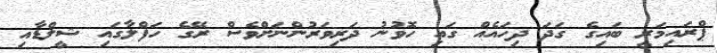
ޕްރައިމަރީ ބައިގެ ގަދަ ދިހައެއް ގައި ހޮވުނު ދަރިވަރުންނަށްވެސް ރޭގެ ހަފްލާގައި ޝީލްޑާއި